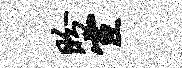
盼宦